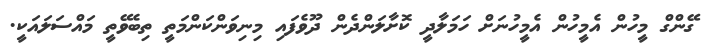
ގޭންގް މީހުން އެމީހުން އެމީހުނަށް ހަމަލާދީ ކޮށާލަންދެން ދޫވެފައި މިނިވަންކަންމަތީ ތިބެވޭތީ މައްސަލައަކީ.